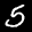
Label: 5